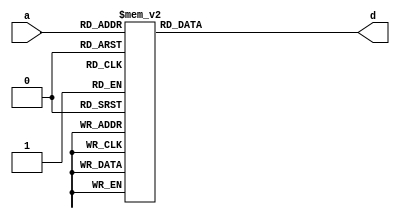
/////////////////////////////////////////////////////////////////////
////                                                             ////
////  AES Inverse SBOX (ROM)                                     ////
////                                                             ////
////                                                             ////
////          rudi@asics.ws                                      ////
////                                                             ////
////                                                             ////
////  Downloaded from: http://www.opencores.org/cores/aes_core/  ////
////                                                             ////
/////////////////////////////////////////////////////////////////////
////                                                             ////
//// Copyright (C) 2000-2002 Rudolf Usselmann                    ////
////                         www.asics.ws                        ////
////                         rudi@asics.ws                       ////
////                                                             ////
//// This source file may be used and distributed without        ////
//// restriction provided that this copyright statement is not   ////
//// removed from the file and that any derivative work contains ////
//// the original copyright notice and the associated disclaimer.////
////                                                             ////
////     THIS SOFTWARE IS PROVIDED ``AS IS'' AND WITHOUT ANY     ////
//// EXPRESS OR IMPLIED WARRANTIES, INCLUDING, BUT NOT LIMITED   ////
//// TO, THE IMPLIED WARRANTIES OF MERCHANTABILITY AND FITNESS   ////
//// FOR A PARTICULAR PURPOSE. IN NO EVENT SHALL THE AUTHOR      ////
//// OR CONTRIBUTORS BE LIABLE FOR ANY DIRECT, INDIRECT,         ////
//// INCIDENTAL, SPECIAL, EXEMPLARY, OR CONSEQUENTIAL DAMAGES    ////
//// (INCLUDING, BUT NOT LIMITED TO, PROCUREMENT OF SUBSTITUTE   ////
//// GOODS OR SERVICES; LOSS OF USE, DATA, OR PROFITS; OR        ////
//// BUSINESS INTERRUPTION) HOWEVER CAUSED AND ON ANY THEORY OF  ////
//// LIABILITY, WHETHER IN  CONTRACT, STRICT LIABILITY, OR TORT  ////
//// (INCLUDING NEGLIGENCE OR OTHERWISE) ARISING IN ANY WAY OUT  ////
//// OF THE USE OF THIS SOFTWARE, EVEN IF ADVISED OF THE         ////
//// POSSIBILITY OF SUCH DAMAGE.                                 ////
////                                                             ////
/////////////////////////////////////////////////////////////////////

//  CVS Log
//
//  $Id: aes_inv_sbox.v,v 1.1.1.1 2002-11-09 11:22:55 rudi Exp $
//
//  $Date: 2002-11-09 11:22:55 $
//  $Revision: 1.1.1.1 $
//  $Author: rudi $
//  $Locker:  $
//  $State: Exp $
//
// Change History:
//               $Log: not supported by cvs2svn $
//
//
//
//
// Refactored April 2019 for Cascade compatibility by Tiffany Yang


module aes_inv_sbox(a,d);
input	wire [7:0]	a;
output reg	[7:0]	d;

always @(a)
	case(a)		// synopsys full_case parallel_case
	   8'h00: d <= 8'h52;
	   8'h01: d <= 8'h09;
	   8'h02: d <= 8'h6a;
	   8'h03: d <= 8'hd5;
	   8'h04: d <= 8'h30;
	   8'h05: d <= 8'h36;
	   8'h06: d <= 8'ha5;
	   8'h07: d <= 8'h38;
	   8'h08: d <= 8'hbf;
	   8'h09: d <= 8'h40;
	   8'h0a: d <= 8'ha3;
	   8'h0b: d <= 8'h9e;
	   8'h0c: d <= 8'h81;
	   8'h0d: d <= 8'hf3;
	   8'h0e: d <= 8'hd7;
	   8'h0f: d <= 8'hfb;
	   8'h10: d <= 8'h7c;
	   8'h11: d <= 8'he3;
	   8'h12: d <= 8'h39;
	   8'h13: d <= 8'h82;
	   8'h14: d <= 8'h9b;
	   8'h15: d <= 8'h2f;
	   8'h16: d <= 8'hff;
	   8'h17: d <= 8'h87;
	   8'h18: d <= 8'h34;
	   8'h19: d <= 8'h8e;
	   8'h1a: d <= 8'h43;
	   8'h1b: d <= 8'h44;
	   8'h1c: d <= 8'hc4;
	   8'h1d: d <= 8'hde;
	   8'h1e: d <= 8'he9;
	   8'h1f: d <= 8'hcb;
	   8'h20: d <= 8'h54;
	   8'h21: d <= 8'h7b;
	   8'h22: d <= 8'h94;
	   8'h23: d <= 8'h32;
	   8'h24: d <= 8'ha6;
	   8'h25: d <= 8'hc2;
	   8'h26: d <= 8'h23;
	   8'h27: d <= 8'h3d;
	   8'h28: d <= 8'hee;
	   8'h29: d <= 8'h4c;
	   8'h2a: d <= 8'h95;
	   8'h2b: d <= 8'h0b;
	   8'h2c: d <= 8'h42;
	   8'h2d: d <= 8'hfa;
	   8'h2e: d <= 8'hc3;
	   8'h2f: d <= 8'h4e;
	   8'h30: d <= 8'h08;
	   8'h31: d <= 8'h2e;
	   8'h32: d <= 8'ha1;
	   8'h33: d <= 8'h66;
	   8'h34: d <= 8'h28;
	   8'h35: d <= 8'hd9;
	   8'h36: d <= 8'h24;
	   8'h37: d <= 8'hb2;
	   8'h38: d <= 8'h76;
	   8'h39: d <= 8'h5b;
	   8'h3a: d <= 8'ha2;
	   8'h3b: d <= 8'h49;
	   8'h3c: d <= 8'h6d;
	   8'h3d: d <= 8'h8b;
	   8'h3e: d <= 8'hd1;
	   8'h3f: d <= 8'h25;
	   8'h40: d <= 8'h72;
	   8'h41: d <= 8'hf8;
	   8'h42: d <= 8'hf6;
	   8'h43: d <= 8'h64;
	   8'h44: d <= 8'h86;
	   8'h45: d <= 8'h68;
	   8'h46: d <= 8'h98;
	   8'h47: d <= 8'h16;
	   8'h48: d <= 8'hd4;
	   8'h49: d <= 8'ha4;
	   8'h4a: d <= 8'h5c;
	   8'h4b: d <= 8'hcc;
	   8'h4c: d <= 8'h5d;
	   8'h4d: d <= 8'h65;
	   8'h4e: d <= 8'hb6;
	   8'h4f: d <= 8'h92;
	   8'h50: d <= 8'h6c;
	   8'h51: d <= 8'h70;
	   8'h52: d <= 8'h48;
	   8'h53: d <= 8'h50;
	   8'h54: d <= 8'hfd;
	   8'h55: d <= 8'hed;
	   8'h56: d <= 8'hb9;
	   8'h57: d <= 8'hda;
	   8'h58: d <= 8'h5e;
	   8'h59: d <= 8'h15;
	   8'h5a: d <= 8'h46;
	   8'h5b: d <= 8'h57;
	   8'h5c: d <= 8'ha7;
	   8'h5d: d <= 8'h8d;
	   8'h5e: d <= 8'h9d;
	   8'h5f: d <= 8'h84;
	   8'h60: d <= 8'h90;
	   8'h61: d <= 8'hd8;
	   8'h62: d <= 8'hab;
	   8'h63: d <= 8'h00;
	   8'h64: d <= 8'h8c;
	   8'h65: d <= 8'hbc;
	   8'h66: d <= 8'hd3;
	   8'h67: d <= 8'h0a;
	   8'h68: d <= 8'hf7;
	   8'h69: d <= 8'he4;
	   8'h6a: d <= 8'h58;
	   8'h6b: d <= 8'h05;
	   8'h6c: d <= 8'hb8;
	   8'h6d: d <= 8'hb3;
	   8'h6e: d <= 8'h45;
	   8'h6f: d <= 8'h06;
	   8'h70: d <= 8'hd0;
	   8'h71: d <= 8'h2c;
	   8'h72: d <= 8'h1e;
	   8'h73: d <= 8'h8f;
	   8'h74: d <= 8'hca;
	   8'h75: d <= 8'h3f;
	   8'h76: d <= 8'h0f;
	   8'h77: d <= 8'h02;
	   8'h78: d <= 8'hc1;
	   8'h79: d <= 8'haf;
	   8'h7a: d <= 8'hbd;
	   8'h7b: d <= 8'h03;
	   8'h7c: d <= 8'h01;
	   8'h7d: d <= 8'h13;
	   8'h7e: d <= 8'h8a;
	   8'h7f: d <= 8'h6b;
	   8'h80: d <= 8'h3a;
	   8'h81: d <= 8'h91;
	   8'h82: d <= 8'h11;
	   8'h83: d <= 8'h41;
	   8'h84: d <= 8'h4f;
	   8'h85: d <= 8'h67;
	   8'h86: d <= 8'hdc;
	   8'h87: d <= 8'hea;
	   8'h88: d <= 8'h97;
	   8'h89: d <= 8'hf2;
	   8'h8a: d <= 8'hcf;
	   8'h8b: d <= 8'hce;
	   8'h8c: d <= 8'hf0;
	   8'h8d: d <= 8'hb4;
	   8'h8e: d <= 8'he6;
	   8'h8f: d <= 8'h73;
	   8'h90: d <= 8'h96;
	   8'h91: d <= 8'hac;
	   8'h92: d <= 8'h74;
	   8'h93: d <= 8'h22;
	   8'h94: d <= 8'he7;
	   8'h95: d <= 8'had;
	   8'h96: d <= 8'h35;
	   8'h97: d <= 8'h85;
	   8'h98: d <= 8'he2;
	   8'h99: d <= 8'hf9;
	   8'h9a: d <= 8'h37;
	   8'h9b: d <= 8'he8;
	   8'h9c: d <= 8'h1c;
	   8'h9d: d <= 8'h75;
	   8'h9e: d <= 8'hdf;
	   8'h9f: d <= 8'h6e;
	   8'ha0: d <= 8'h47;
	   8'ha1: d <= 8'hf1;
	   8'ha2: d <= 8'h1a;
	   8'ha3: d <= 8'h71;
	   8'ha4: d <= 8'h1d;
	   8'ha5: d <= 8'h29;
	   8'ha6: d <= 8'hc5;
	   8'ha7: d <= 8'h89;
	   8'ha8: d <= 8'h6f;
	   8'ha9: d <= 8'hb7;
	   8'haa: d <= 8'h62;
	   8'hab: d <= 8'h0e;
	   8'hac: d <= 8'haa;
	   8'had: d <= 8'h18;
	   8'hae: d <= 8'hbe;
	   8'haf: d <= 8'h1b;
	   8'hb0: d <= 8'hfc;
	   8'hb1: d <= 8'h56;
	   8'hb2: d <= 8'h3e;
	   8'hb3: d <= 8'h4b;
	   8'hb4: d <= 8'hc6;
	   8'hb5: d <= 8'hd2;
	   8'hb6: d <= 8'h79;
	   8'hb7: d <= 8'h20;
	   8'hb8: d <= 8'h9a;
	   8'hb9: d <= 8'hdb;
	   8'hba: d <= 8'hc0;
	   8'hbb: d <= 8'hfe;
	   8'hbc: d <= 8'h78;
	   8'hbd: d <= 8'hcd;
	   8'hbe: d <= 8'h5a;
	   8'hbf: d <= 8'hf4;
	   8'hc0: d <= 8'h1f;
	   8'hc1: d <= 8'hdd;
	   8'hc2: d <= 8'ha8;
	   8'hc3: d <= 8'h33;
	   8'hc4: d <= 8'h88;
	   8'hc5: d <= 8'h07;
	   8'hc6: d <= 8'hc7;
	   8'hc7: d <= 8'h31;
	   8'hc8: d <= 8'hb1;
	   8'hc9: d <= 8'h12;
	   8'hca: d <= 8'h10;
	   8'hcb: d <= 8'h59;
	   8'hcc: d <= 8'h27;
	   8'hcd: d <= 8'h80;
	   8'hce: d <= 8'hec;
	   8'hcf: d <= 8'h5f;
	   8'hd0: d <= 8'h60;
	   8'hd1: d <= 8'h51;
	   8'hd2: d <= 8'h7f;
	   8'hd3: d <= 8'ha9;
	   8'hd4: d <= 8'h19;
	   8'hd5: d <= 8'hb5;
	   8'hd6: d <= 8'h4a;
	   8'hd7: d <= 8'h0d;
	   8'hd8: d <= 8'h2d;
	   8'hd9: d <= 8'he5;
	   8'hda: d <= 8'h7a;
	   8'hdb: d <= 8'h9f;
	   8'hdc: d <= 8'h93;
	   8'hdd: d <= 8'hc9;
	   8'hde: d <= 8'h9c;
	   8'hdf: d <= 8'hef;
	   8'he0: d <= 8'ha0;
	   8'he1: d <= 8'he0;
	   8'he2: d <= 8'h3b;
	   8'he3: d <= 8'h4d;
	   8'he4: d <= 8'hae;
	   8'he5: d <= 8'h2a;
	   8'he6: d <= 8'hf5;
	   8'he7: d <= 8'hb0;
	   8'he8: d <= 8'hc8;
	   8'he9: d <= 8'heb;
	   8'hea: d <= 8'hbb;
	   8'heb: d <= 8'h3c;
	   8'hec: d <= 8'h83;
	   8'hed: d <= 8'h53;
	   8'hee: d <= 8'h99;
	   8'hef: d <= 8'h61;
	   8'hf0: d <= 8'h17;
	   8'hf1: d <= 8'h2b;
	   8'hf2: d <= 8'h04;
	   8'hf3: d <= 8'h7e;
	   8'hf4: d <= 8'hba;
	   8'hf5: d <= 8'h77;
	   8'hf6: d <= 8'hd6;
	   8'hf7: d <= 8'h26;
	   8'hf8: d <= 8'he1;
	   8'hf9: d <= 8'h69;
	   8'hfa: d <= 8'h14;
	   8'hfb: d <= 8'h63;
	   8'hfc: d <= 8'h55;
	   8'hfd: d <= 8'h21;
	   8'hfe: d <= 8'h0c;
	   8'hff: d <= 8'h7d;
	endcase
endmodule